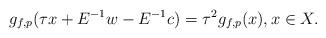
LaTeX: \begin{align*}g_{f,p}(\tau x+E^{-1}w-E^{-1}c)=\tau^2 g_{f,p}(x),x\in X.\end{align*}